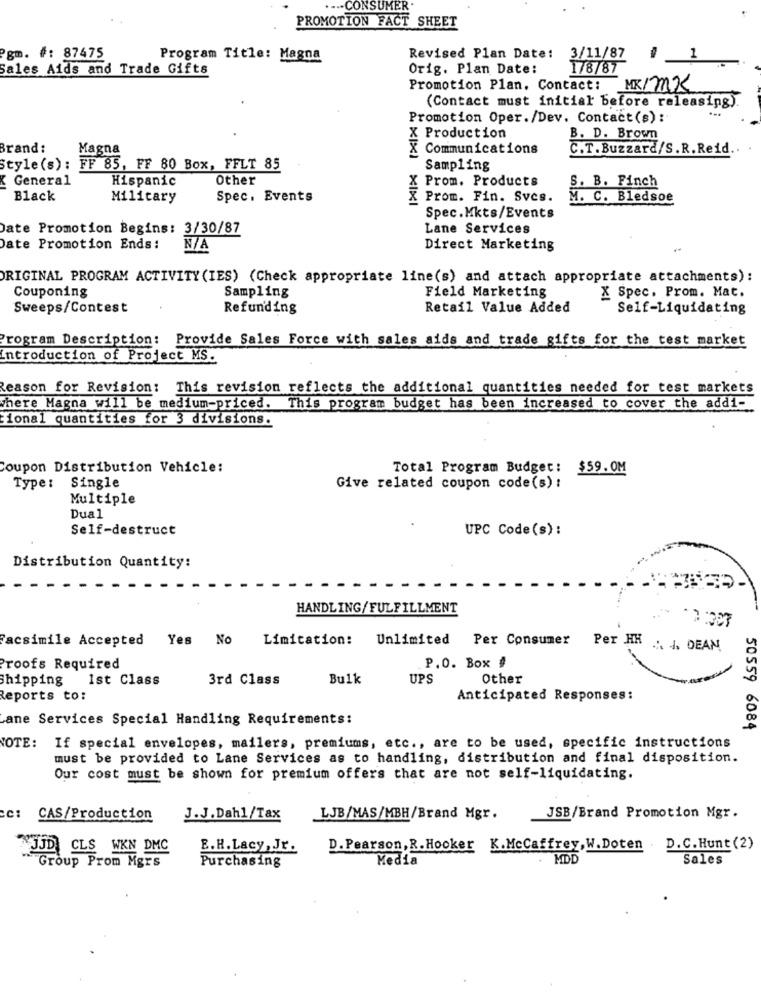
... CONSUMER
PROMOTION FACT SHEET
Pgm. #: 87475
Program Title: Magna
Revised Plan Date:
3/11/87
1
Sales Aids and Trade Gifts
Orig. Plan Date:
1/8/87
Promotion Plan. Contact: MK/MK
(Contact must initial before releasing).
Promotion Oper./Dev. Contact (s):
X Production
B. D. Brown
Brand:
Magna
X Communications
C.T. Buzzard/S.R. Reid.
Style (s) :
FF 85, FF 80 Box, FFLT 85
Sampling
K General
Hispanic
Other
Prom. Products
S. B. Finch
Black
Military
Spec. Events
X Prom. Fin. Svcs.
M. C. Bledsoe
Spec.Mkts/Events
Date Promotion Begins: 3/30/87
Lane Services
Date Promotion Ends:
Direct Marketing
ORIGINAL PROGRAM ACTIVITY (IES) (Check appropriate line(s) and attach appropriate attachments):
X Spec. Prom. Mat.
Couponing
Sampling
Field Marketing
Sweeps/Contest
Refunding
Retail Value Added
Self-Liquidating
Program Description: Provide Sales Force with sales aids and trade gifts for the test market
introduction of Project MS
Reason for Revision: This revision reflects the additional quantities needed for test markets
where Magna will be medium-priced. This program budget has been increased to cover the addi-
ional quantities for 3 divisions.
Coupon Distribution Vehicle:
Total Program Budget: $59.0M
Type: Single
Give related coupon code (s) :
Multiple
Dual
Self-destruct
UPC Code(s):
Distribution Quantity:
HANDLING/FULFILLMENT
12:007
Facsimile Accepted
Yes No Limitation: Unlimited Per Consumer
Per HH
... J. DEAN
Proofs Required
P.O. Box #
Shipping
1st Class
3rd Class
Bulk
UPS
Other
Reports to:
Anticipated Responses:
ane Services Special Handling Requirements:
50559 6084
NOTE: If special envelopes, mailers, premiums, etc ., are to be used, specific instructions
must be provided to Lane Services as to handling, distribution and final disposition.
Our cost must be shown for premium offers that are not self-liquidating.
CAS/Production
J.J.Dahl/Tax
LJB/MAS/MBH/Brand Mgr.
JSB/Brand Promotion Mgr.
JJD CLS WKN DMC
E.H.Lacy, Jr.
D. Pearson, R. Hooker K.McCaffrey, W.Doten . D.C. Hunt (2)
Media
MDD
Sales
"Group Prom Mgrs
Purchasing